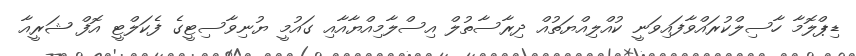
ޑިޕްލޮމާ ހާސިލްކުރައްވާފައިވަނީ ކުއްލިއްޔަތުއް ދިރާސާތުލް އިސްލާމިއްޔާއާއި ގައުމީ ޔުނިވާސިޓީގެ ފެކަލްޓީ އޮފް ޝަރީއާ